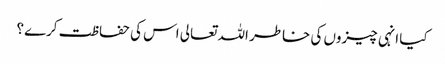
کیا انہی چیزوں کی خاطر اللہ تعالی اس کی حفاظت کرے؟